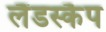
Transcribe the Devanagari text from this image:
लैंडस्कैप